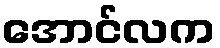
အောင်လက